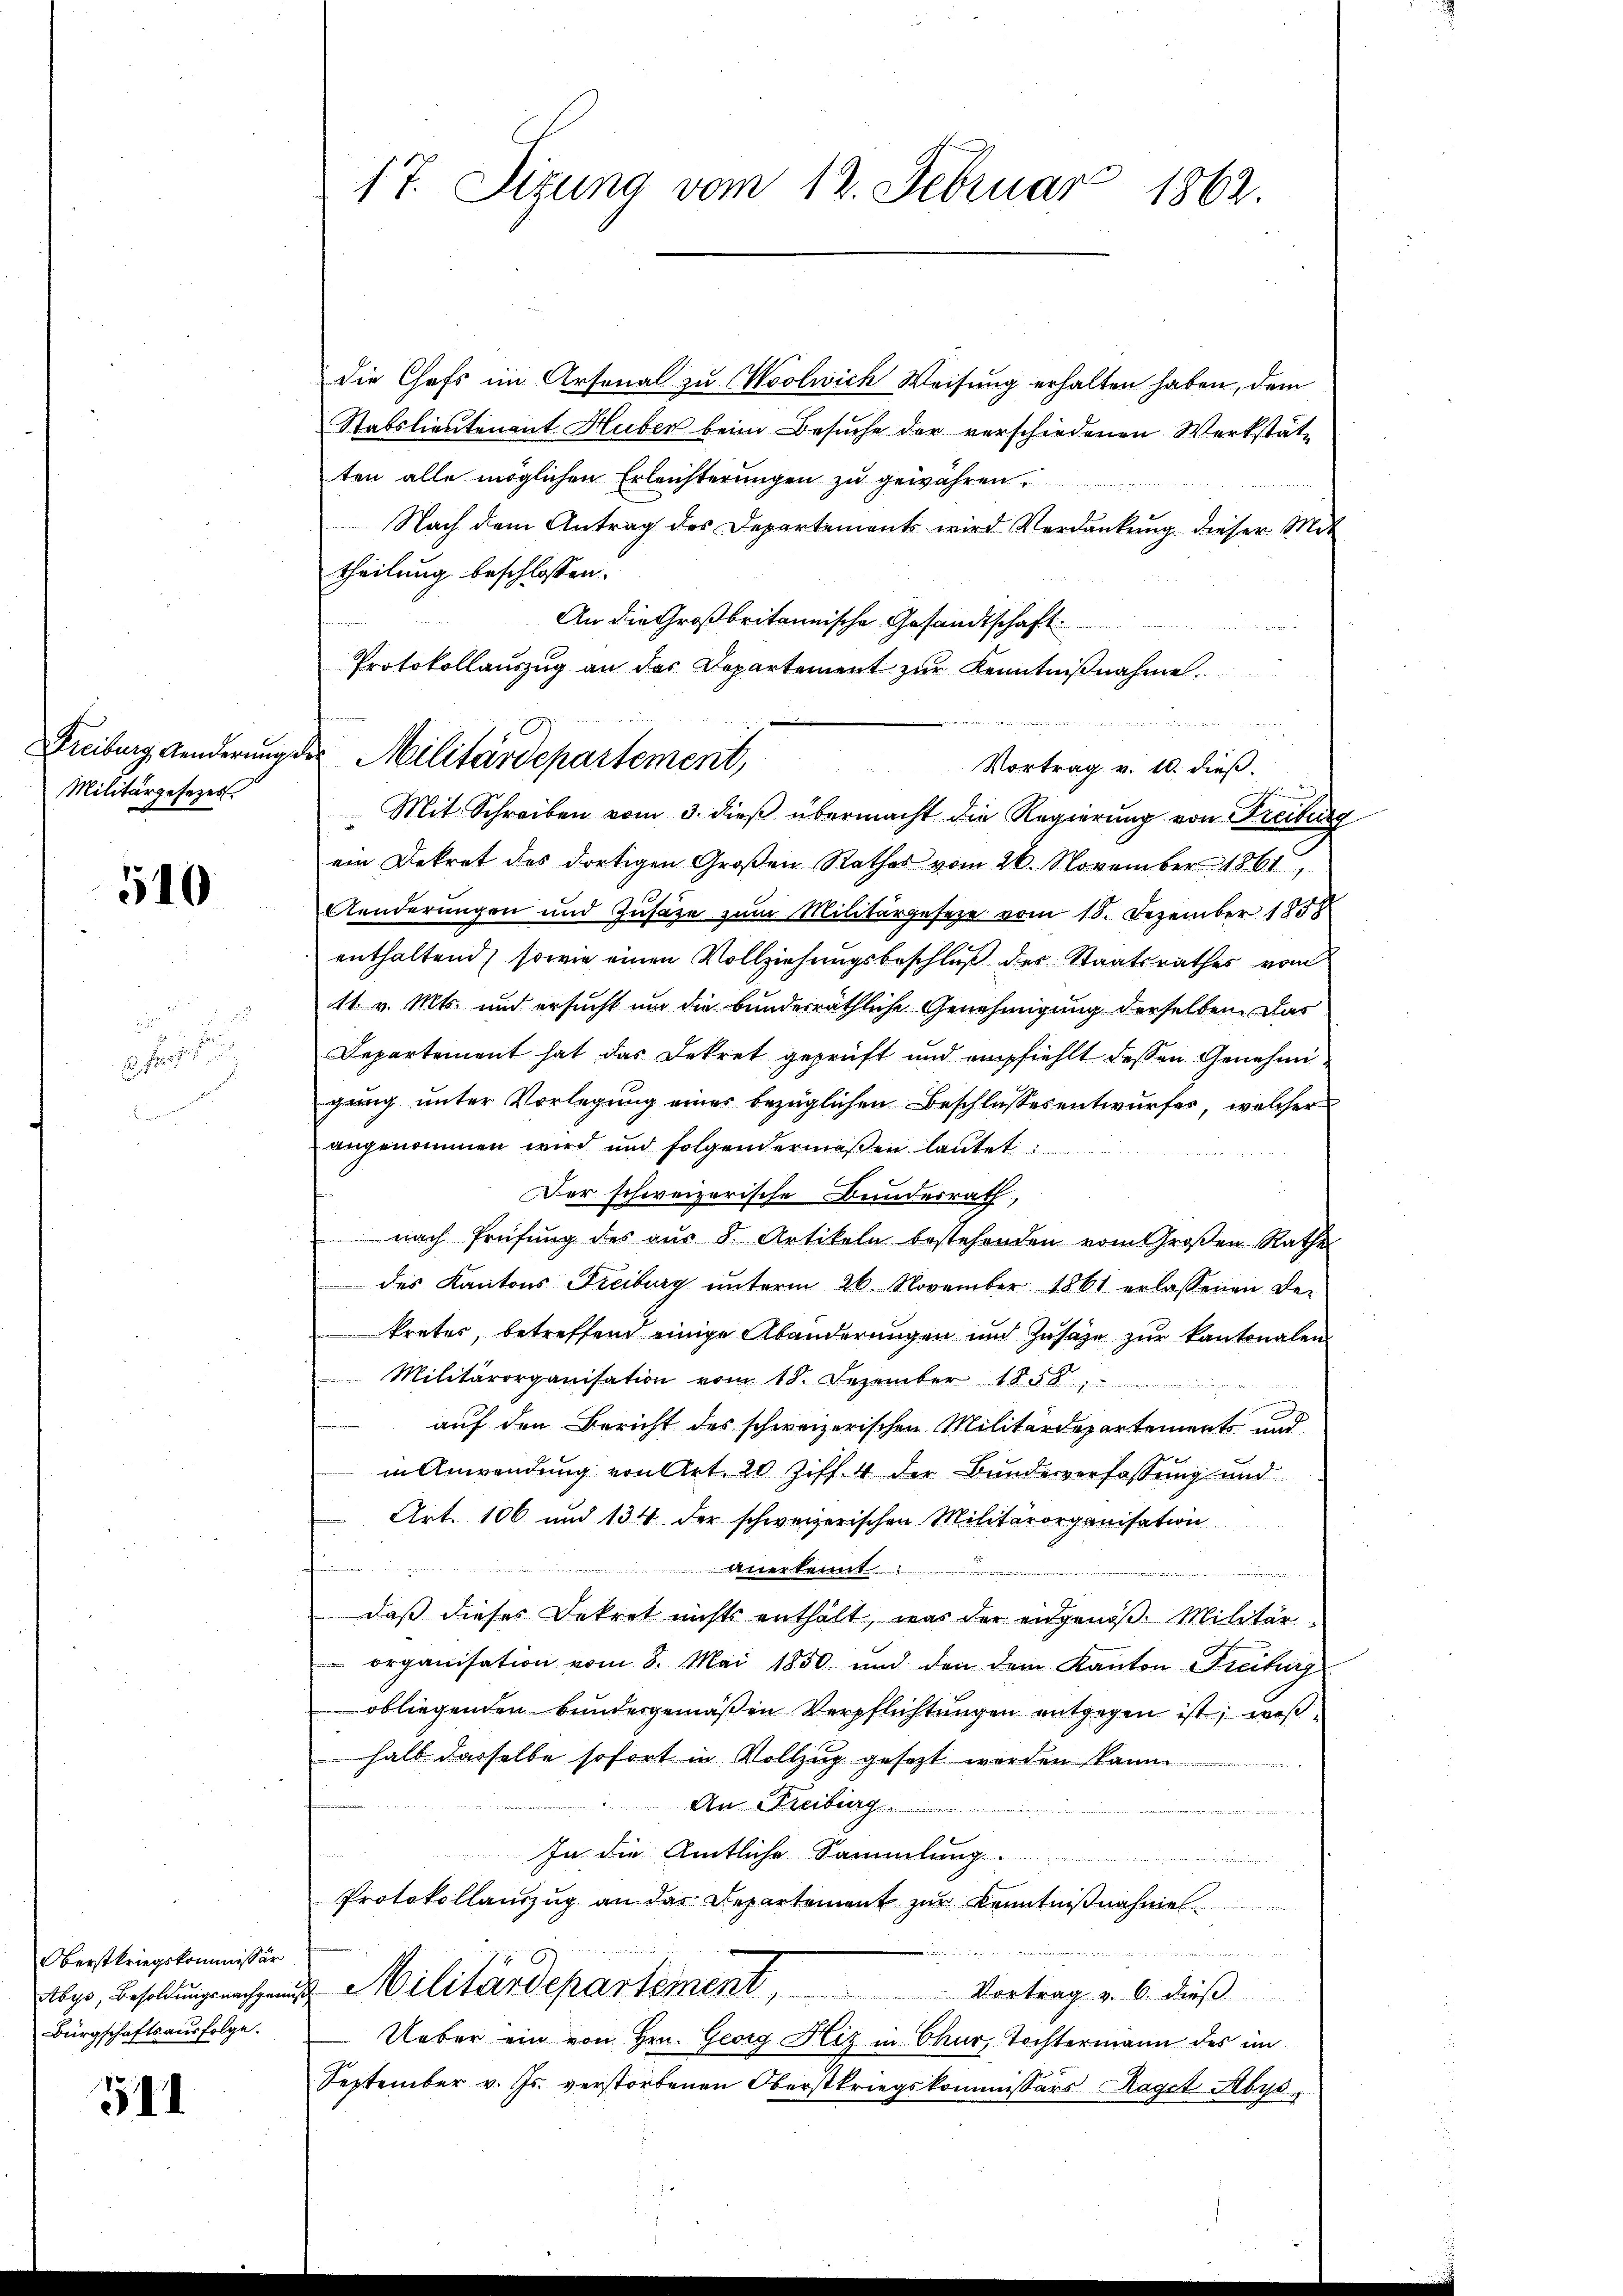
Freiburg Aenderung d.
Militärgesezes

510

Oberstkriegskommissär
Abys, Besoldungsnachgenie
Bürgschaftsausfolge.

541

.
E f g
n

17. Sizung vom 12. Februar 1862.

die Chefs im Arsenal zu Woolwich Weisung erhalten haben, dem
Stabslieutenant Huber beim Besuche der verschiedenen Werkstätten alle möglichen Erleichterungen zu gewähren.
Nach dem Antrag des Departements wird Verdankung dieser Mit
theilung beschlossen:
An die Großbritannische Gesandtschaft
Protokollauszug an der Departement zur Kenntniβnahme.
u
Vortrag v. 10. dieß.
Mit Schreiben vom 3. dieß übermacht die Regierung von Freiburg
ein Dekret des dortigen Großen Rathes vom 26. November 1861,
Aenderungen und Zusatze zum Militärgesetze vom 18. Dezember 1858
enthaltend, sowie einen Vollziehungsbeschluß des Staatsrathes vom
11. v. Mts. und ersucht um die bundesräthliche Genehmigung derselben Das
Departement hat das Dekret geprüft und empfiehlt dessen Genehmigung unter Vorlegung eines bezüglichen Beschlußesentwurfes, welcher
angenommen wird und folgendermaßen lautet

Der schweizerische Bundesrath,
nach Prüfŭng des aŭs 8. Artikeln bestehenden vom Großen Rathe
 des Kantons Freiburg ŭnterm 26. November 1861 erlassenen De-
kretes, betreffend einige Abänderungen und Zusätze zur kantonalen
 Militärorganisation vom 18. Dezember 1858.
auf den Bericht des schweizerischen Militärdepartements und
in Anwendung von Art. 20 Ziff. 4 der Bundesverfassung und
Art. 106 und 134 der schweizerischen Militärorganisation
anerkennt:
e
daß dieses Dekret nichts enthält, was der eidgenöß. Militär-
organisation vom 8. Mai 1850 und den dem Kanton Freiburg
obliegenden Bundesgemäßen Verpflichtungen entgegen ist; weß
halb dasselbe sofort in Vollzug gesezt werden kann
An Freiburg
In die Amtliche Sammlung
Protokollauszug an das Repartement zur Kenntnißnahme

 Militärdepartement, Vortrag v. 6. dieß
Ueber ein von Hrn. Georg Hiz in Chur, Tochtermann des im
September v. Js. verstorbenen Oberstkriegskommissärs agit Abys

2. Militärdepartement,